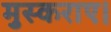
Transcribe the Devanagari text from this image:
मुस्कराए।